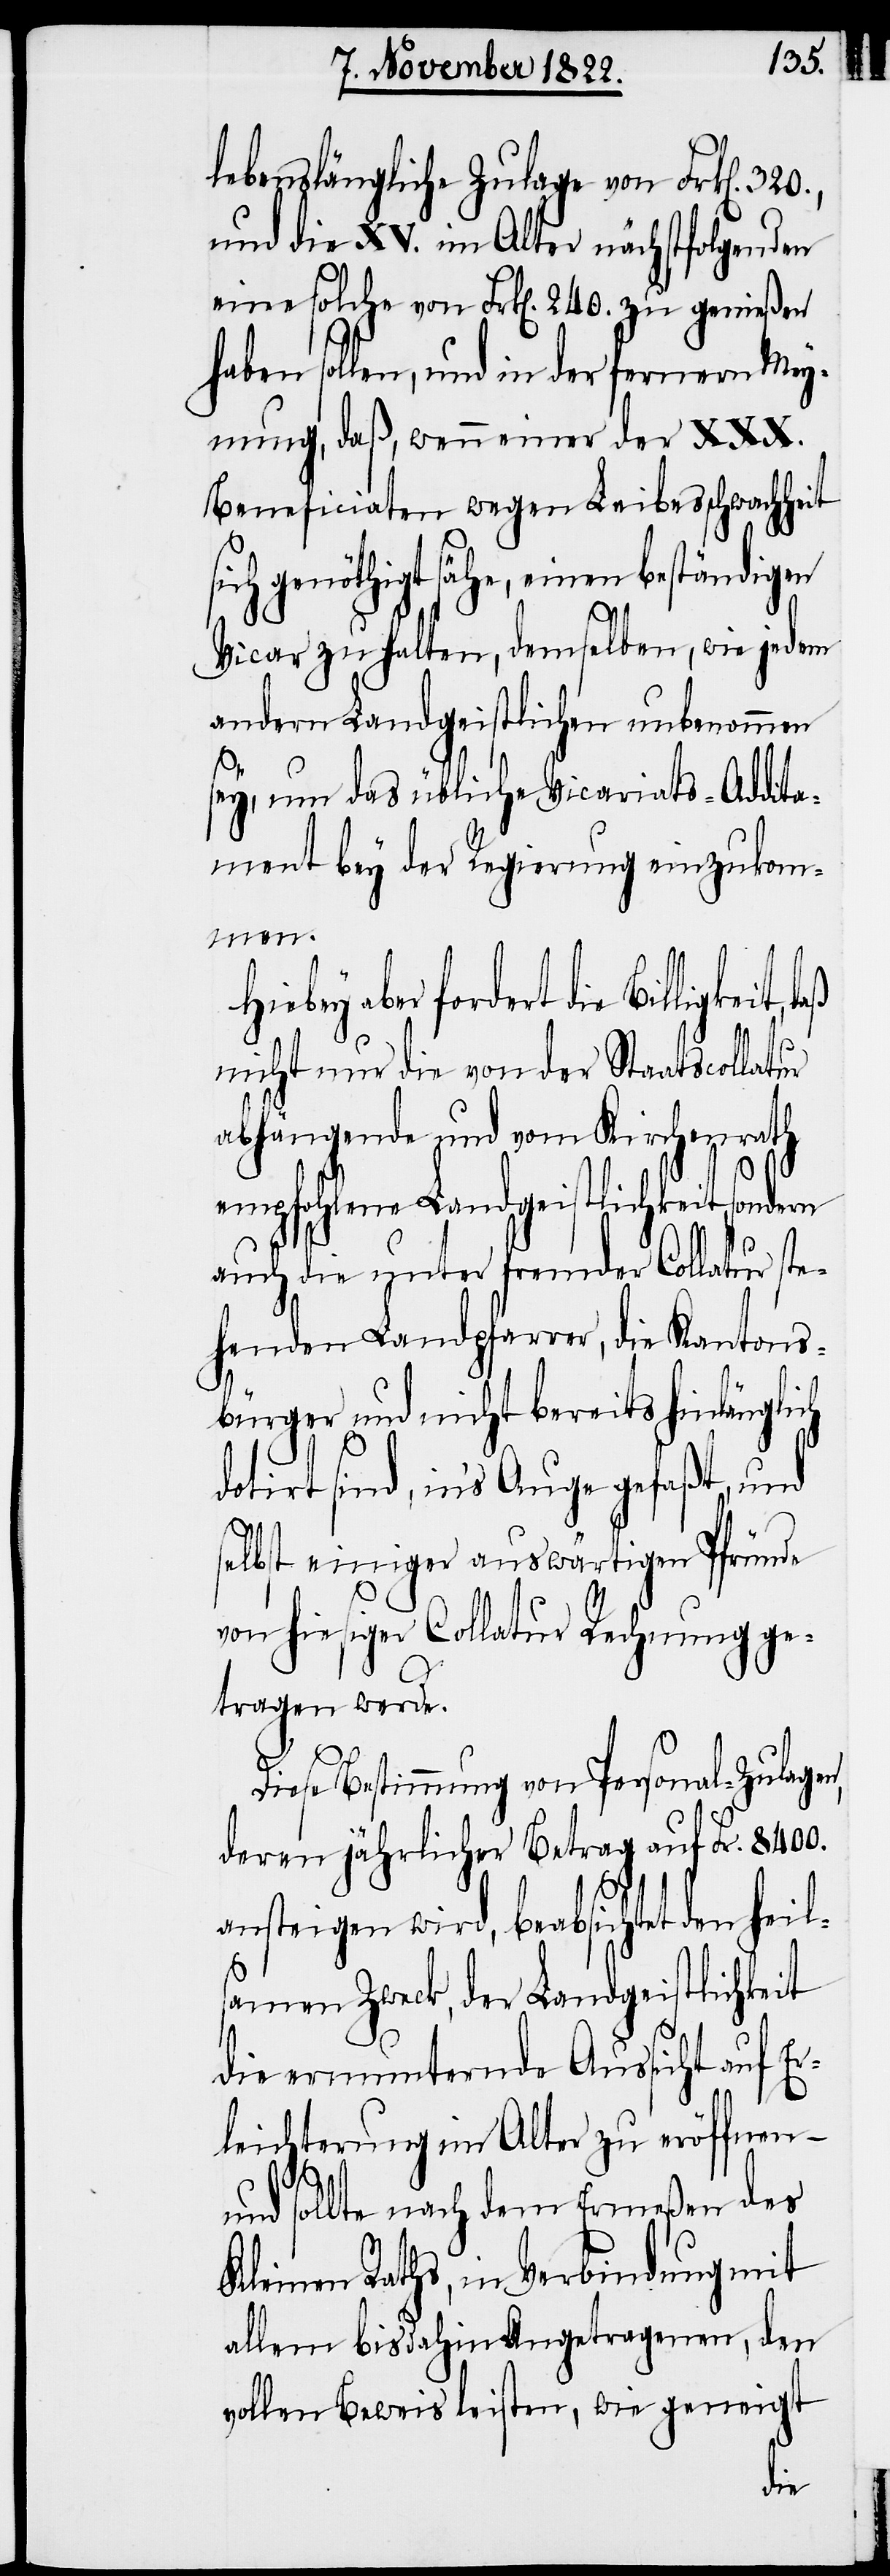
lebenslängliche Zulage von Frk[en].
und die XV. im Alter nächstfolgenden
eine solche von Frk[en]. 240. zu genießen
haben sollen, und in der fernern Mey¬
nung, daß, wenn einer der XXX.
Beneficiaten wegen Leibesschwachheit
ich genöthigt sähe, einen beständigen
Vicar zu halten, demselben, wie jedem
andern Landgeistlichen unbenommen
sey, um das übliche Vicariats-Addita¬
ment bey der Regierung einzukom¬
men.
aber fordert die Billigkeit,
nicht nur die von der Staatscollatur
abhängende und vom Kirchenrath
empfohlene Landgeistlichkeit, sondern
s¬
auch die unter fremder Collatur st¬
ehenden Landpfarrer, die Kantons¬
bürger und nicht bereits hinlänglich
dotirt sind, in’s Auge gefaßt, und
selbst einiger auswärtigen Pfründe
von hiesiger Collatur Rechnung ge¬
tragen werde.
Diese Bestimmung von Personal-Zulagen,
deren jährlicher Betrag auf Fr. 8400.
ansteigen wird, beabsichtet den heil¬
samen Zweck, der Landgeistlichkeit
die ermunternde Aussicht auf Er¬
leichterung im Alter zu eröffnen
und sollte nach dem Ermeßen des
Kleinen Raths, in Verbindung mit
allem bisdahin Angetragenen, den
vollen Beweis leisten, wie geneigt